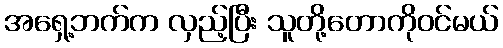
အရှေ့ဘက်က လှည့်ပြီး သူတို့တောကိုဝင်မယ်